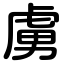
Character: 虜